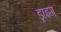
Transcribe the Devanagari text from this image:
ड्राइग